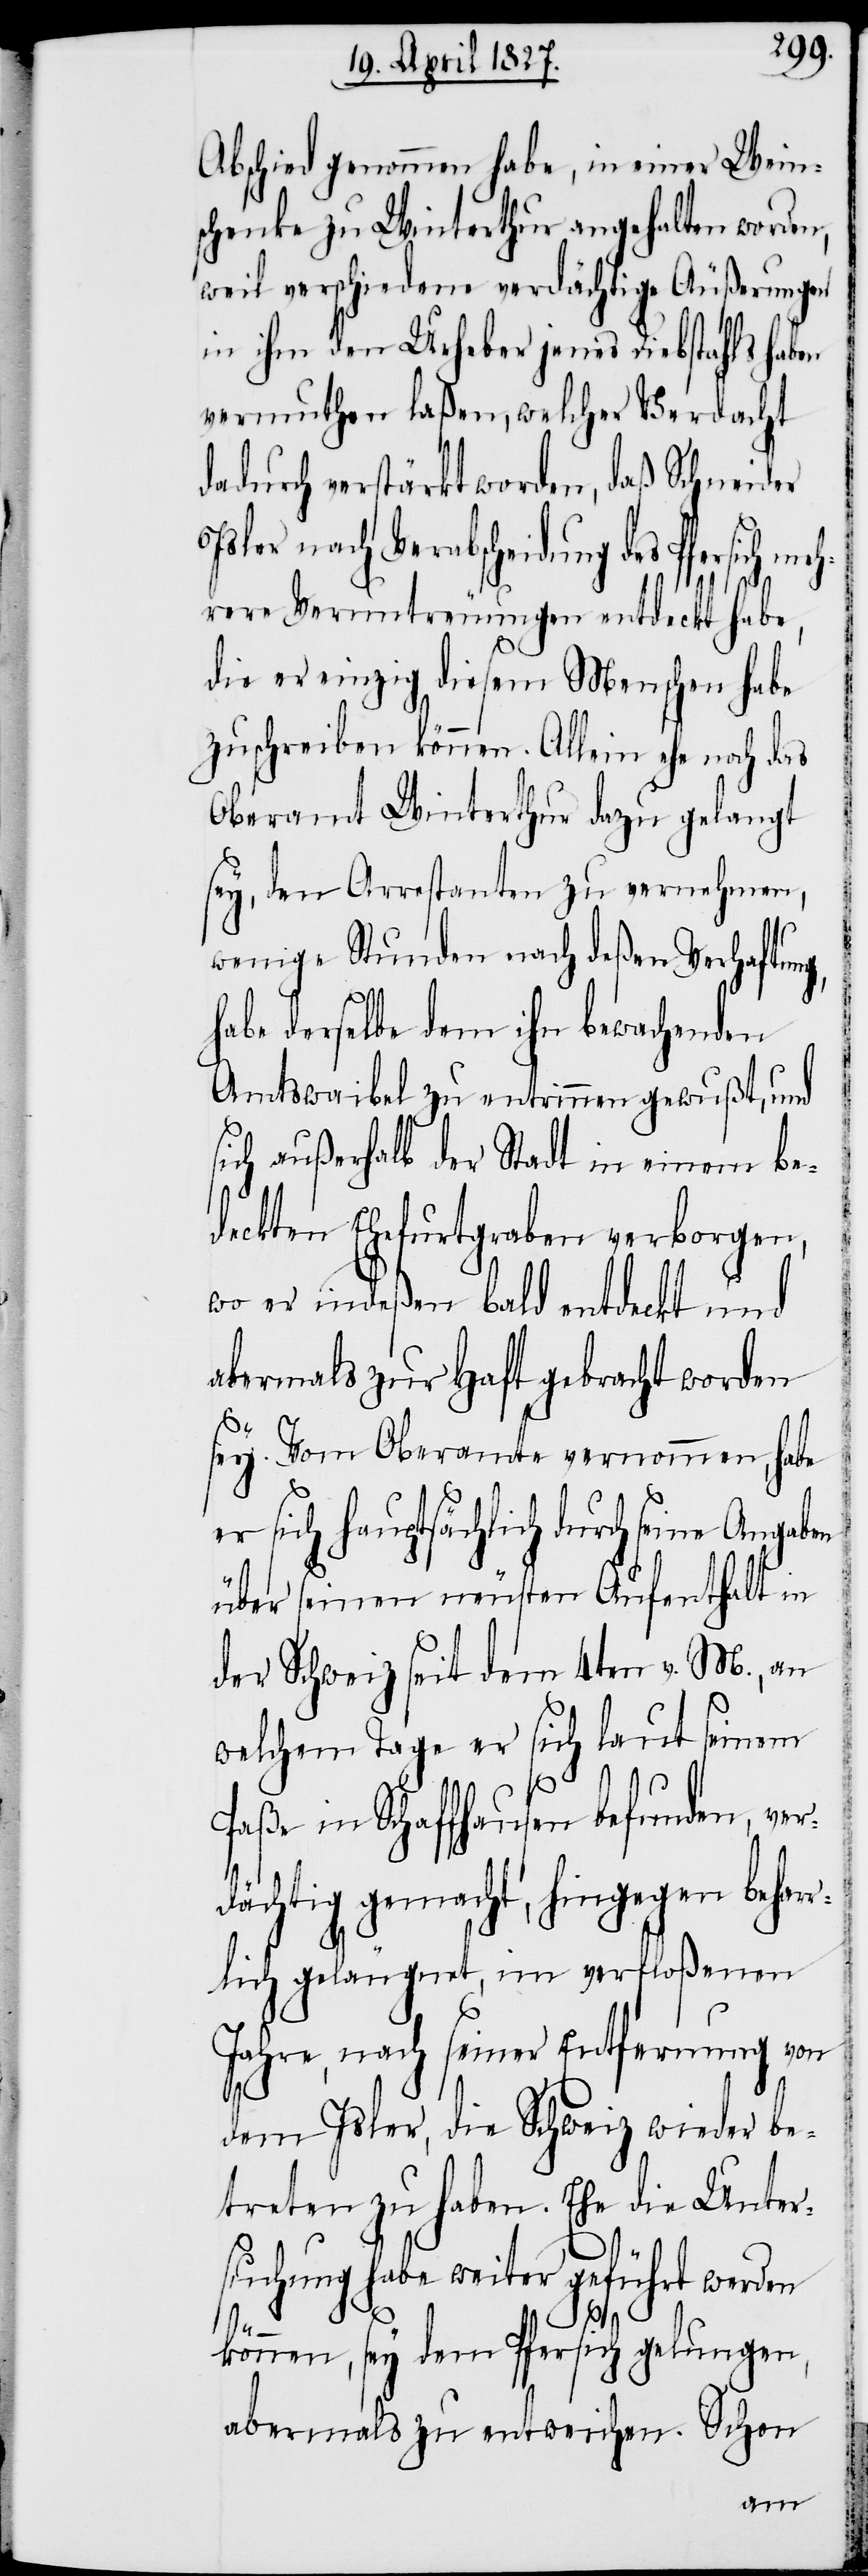
Abschied genommen habe, in einer Wein¬
schenke zu Winterthur angehalten worden,
weil verschiedene verdächtige Äußerungen
in ihm den Urheber jenes Diebstahls haben
vermuthen laßen, welcher Verdacht
dadurch verstärkt worden, daß Schneider
Verabscheidung des Pfersich
hrere Veruntreuungen entdeckt habe,
die er einzig diesem Menschen habe
zuschreiben können. Allein ehe noch das
Oberamt Winterthur dazu gelangt
sey, den Arrestanten zu vernehmen,
wenige Stunden nach deßen Verhaftung,
habe derselbe dem ihn bewachenden
Amtswaibel zu entrinnen gewußt, und
sich außerhalb der Stadt in einem be¬
deckten Ehefurtgraben verborgen,
wo er indeßen bald entdeckt und
abermals zur Haft gebracht worden
sey. Vom Oberamte vernommen, habe
er sich hauptsächlich durch seine Angaben
über seinen neusten Aufenthalt in
der Schweiz seit dem 4ten v. M., an
welchem Tage er sich laut seinem
Paße in Schaffhausen befunden, ver¬
dächtig gemacht, hingegen behar¬
rlich geläugnet, im verfloßenen
Jahre, nach seiner Entfernung von
dem Isler, die Schweiz wieder be¬
treten zu haben. Ehe die Unter¬
suchung habe weiter geführt werden
me¬
können, sey dem Pfersich gelungen,
abermals zu entweichen. Schon